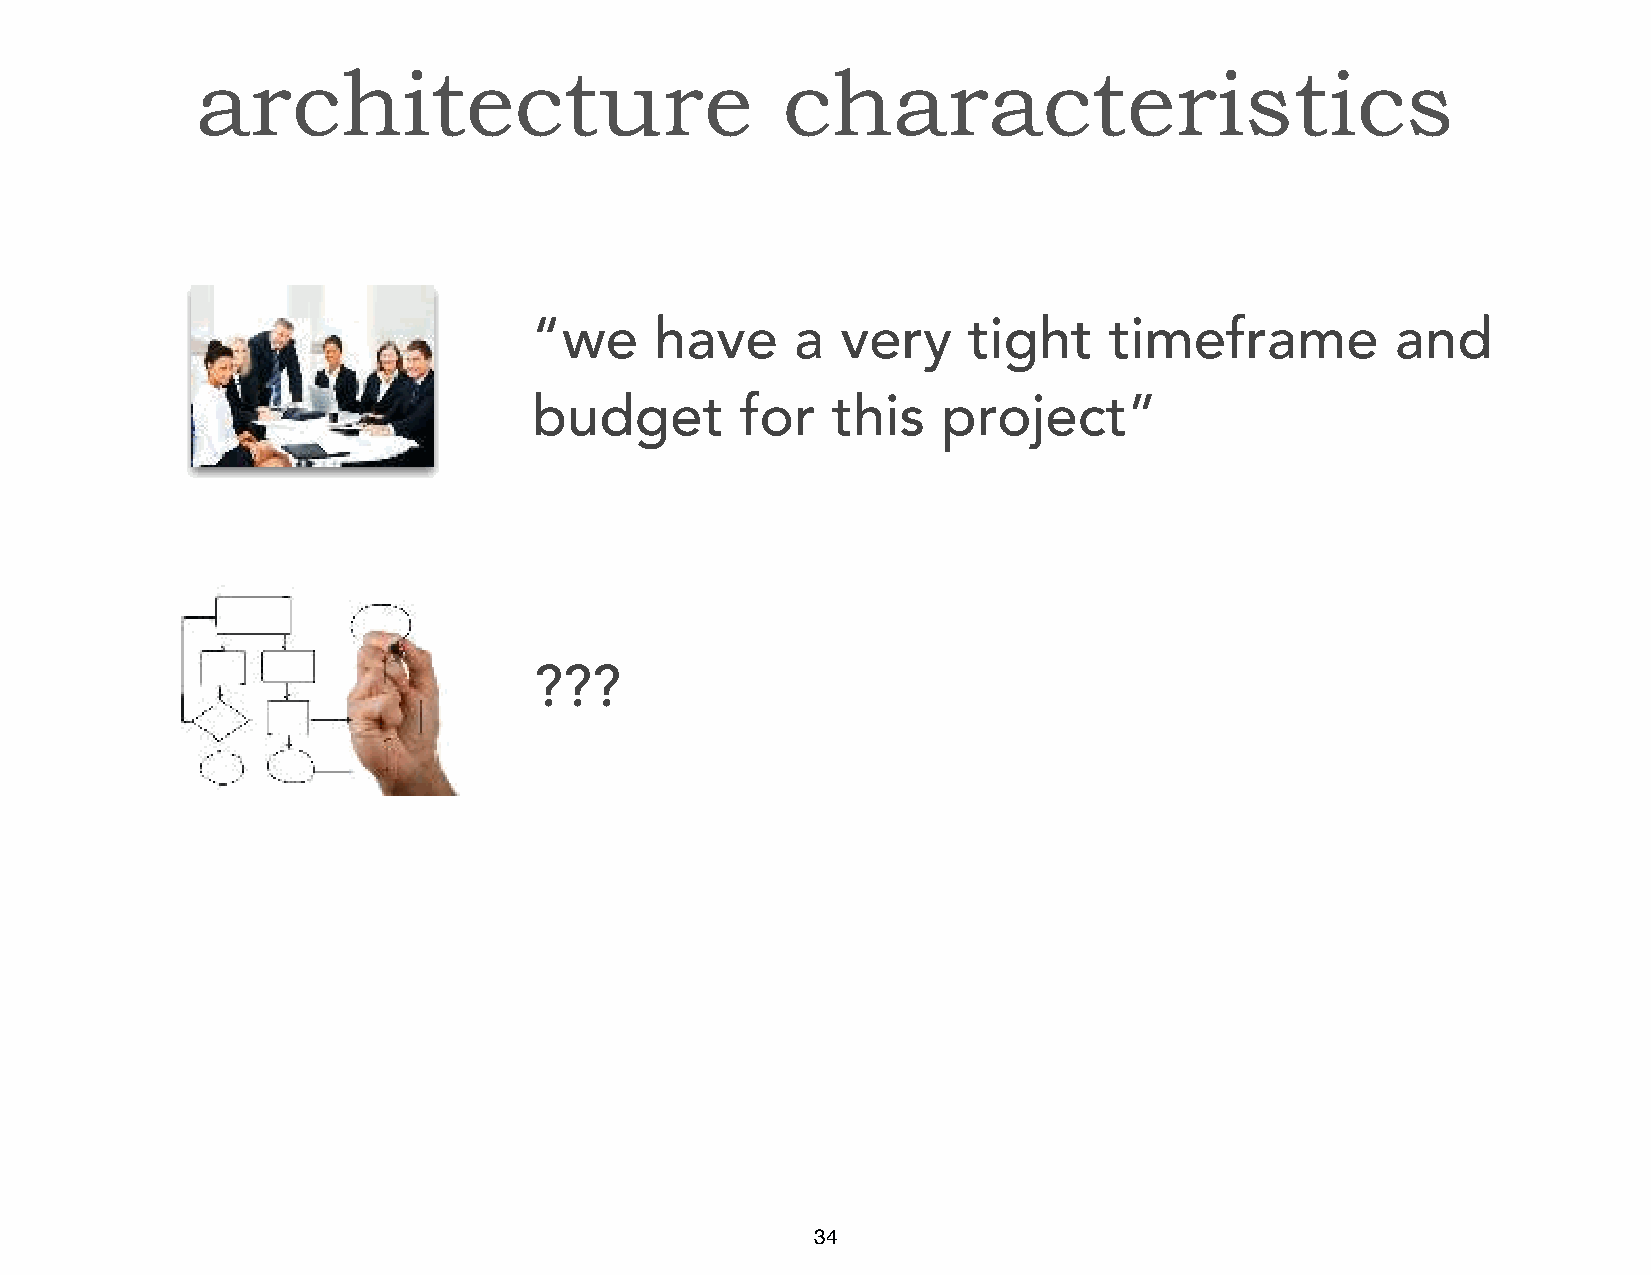
architecture                           characteristics
 “we     have      a  very    tight    timeframe          and
 budget        for   this   project”
 ???
 34